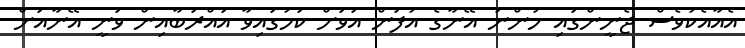
އެއާއެކުވެސް ޖެނީންގައި ހުންނަ އޭނާގެ އުފަން އަވަށް ކަމުގައިވާ އައްރަބާއިން ވަނީ އޭނާއަށް